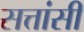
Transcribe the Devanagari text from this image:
सत्तांसी